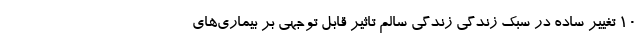
۱۰ تغییر ساده در سبک زندگی زندگی سالم تاثیر قابل توجهی بر بیماری‌های